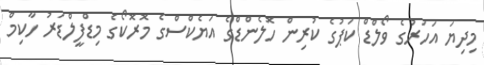
މިދިޔަ އަހަރުގެ ވޯލްޑް ކަޕުގެ ކުރިން ހޮލެންޑްގެ އަޔެކްސްގެ މޮރޮކޯގެ މިޑްފީލްޑަރު ހާކިމް